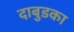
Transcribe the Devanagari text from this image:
दाबुडका